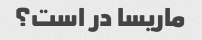
ماریسا در است؟